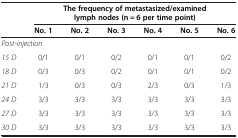
| <ROWSPAN=2>  | <COLSPAN=6> The frequency of metastasized/examined lymph nodes (n = 6 per time point) |
 | No. 1 | No. 2 | No. 3 | No. 4 | No. 5 | No. 6 |
 | --- | --- | --- | --- | --- | --- | --- |
 | <COLSPAN=7> Post-injection |
 | 15 D | 0/1 | 0/1 | 0/2 | 0/1 | 0/1 | 0/2 |
 | 18 D | 0/3 | 0/3 | 0/2 | 0/1 | 0/1 | 0/2 |
 | 21 D | 1/3 | 0/3 | 0/3 | 2/3 | 0/3 | 1/3 |
 | 24 D | 3/3 | 3/3 | 3/3 | 3/3 | 3/3 | 3/3 |
 | 27 D | 3/3 | 3/3 | 3/3 | 3/3 | 3/3 | 3/3 |
 | 30 D | 3/3 | 3/3 | 3/3 | 3/3 | 3/3 | 3/3 |